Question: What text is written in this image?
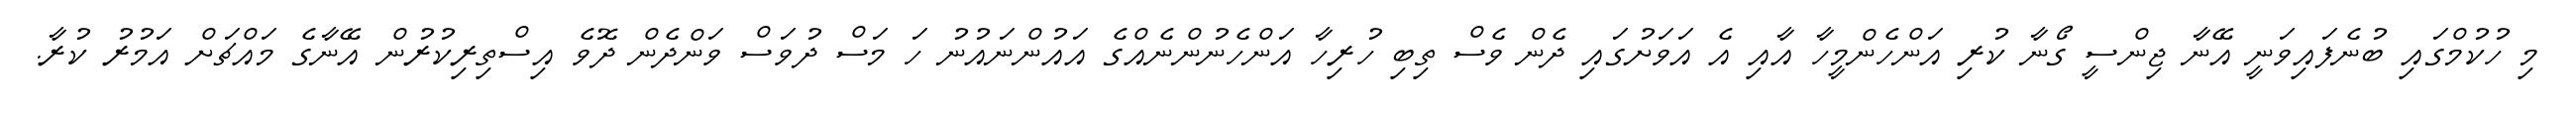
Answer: މި ހުކުމްގައި ބުނެފައިވަނީ އޭނާ ޖިންސީ ގޯނާ ކުރި އަންހެންމީހާ އާއި އެ އަވަށުގައި ދެން ވެސް ތިބި ހުރިހާ އަންހެނުންނެއްގެ އައުންނައުނު ހަ މަސް ދުވަސް ވަންދެން ދޮވެ އިސްތިރިކުރުން އޭނާގެ މައްޗަށް އަމުރު ކުރާ.